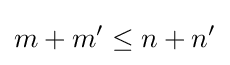
m+m'\leq n+n'